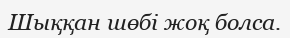
Шыққан шөбі жоқ болса.